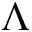
\Lambda